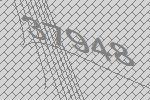
37948